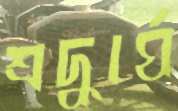
শ্রদ্ধার্ঘ